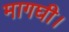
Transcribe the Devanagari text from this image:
मागघी।